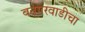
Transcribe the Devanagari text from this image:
बनगरवाडीचा